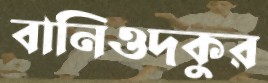
বানিওদকুর